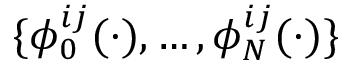
\{ \phi _ { 0 } ^ { i j } ( \cdot ) , \ldots , \phi _ { N } ^ { i j } ( \cdot ) \}